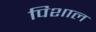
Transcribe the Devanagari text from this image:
पिशाल